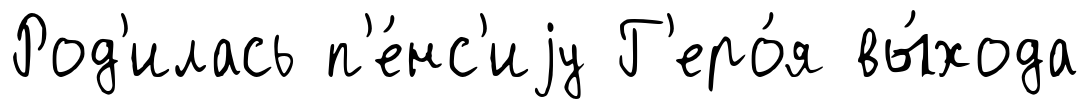
Род'илась п'е́нс'иjу Г'еро́я вы́хода